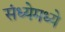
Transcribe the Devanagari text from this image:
संध्येमध्ये